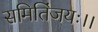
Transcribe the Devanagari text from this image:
समितिंजयः।।